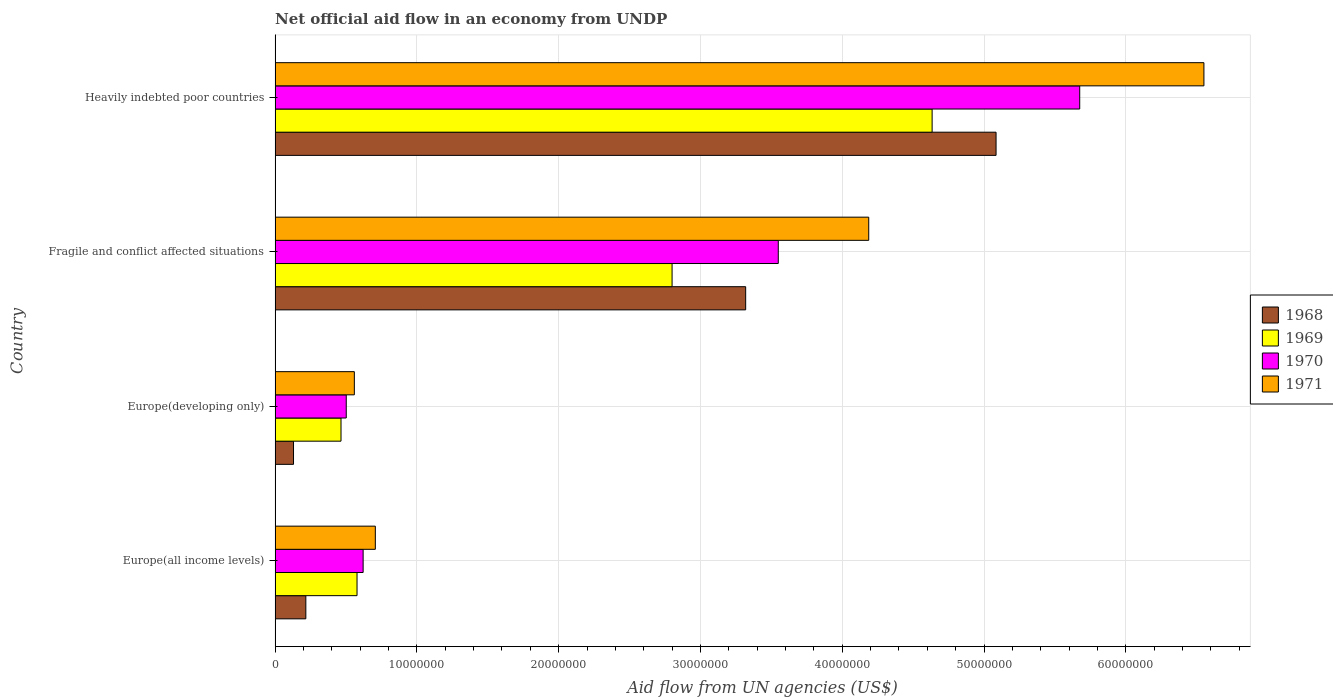
| Country | 1968 | 1969 | 1970 | 1971 |
 | --- | --- | --- | --- | --- |
 | Europe(all income levels) | 2.17e+06 | 5.78e+06 | 6.21e+06 | 7.07e+06 |
 | Europe(developing only) | 1.3e+06 | 4.65e+06 | 5.02e+06 | 5.59e+06 |
 | Fragile and conflict affected situations | 3.32e+07 | 2.8e+07 | 3.55e+07 | 4.19e+07 |
 | Heavily indebted poor countries | 5.08e+07 | 4.63e+07 | 5.68e+07 | 6.55e+07 |